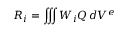
R _ { i } = \iiint W _ { i } Q \, d V ^ { e }